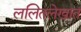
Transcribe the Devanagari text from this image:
ललितलेखात